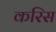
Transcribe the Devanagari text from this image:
करिस